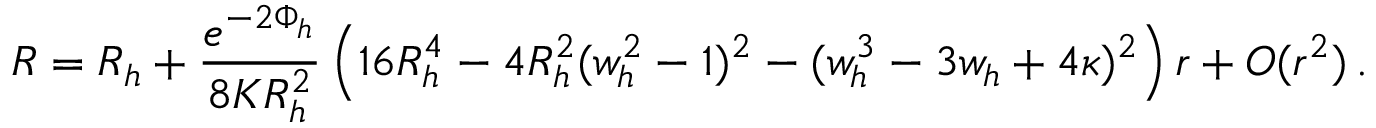
R = R _ { h } + \frac { e ^ { - 2 \Phi _ { h } } } { 8 K R _ { h } ^ { 2 } } \left( 1 6 R _ { h } ^ { 4 } - 4 R _ { h } ^ { 2 } ( w _ { h } ^ { 2 } - 1 ) ^ { 2 } - ( w _ { h } ^ { 3 } - 3 w _ { h } + 4 \kappa ) ^ { 2 } \right) r + { \cal O } ( r ^ { 2 } ) \, .